Paatsalu_vallavalitsus, lk 6
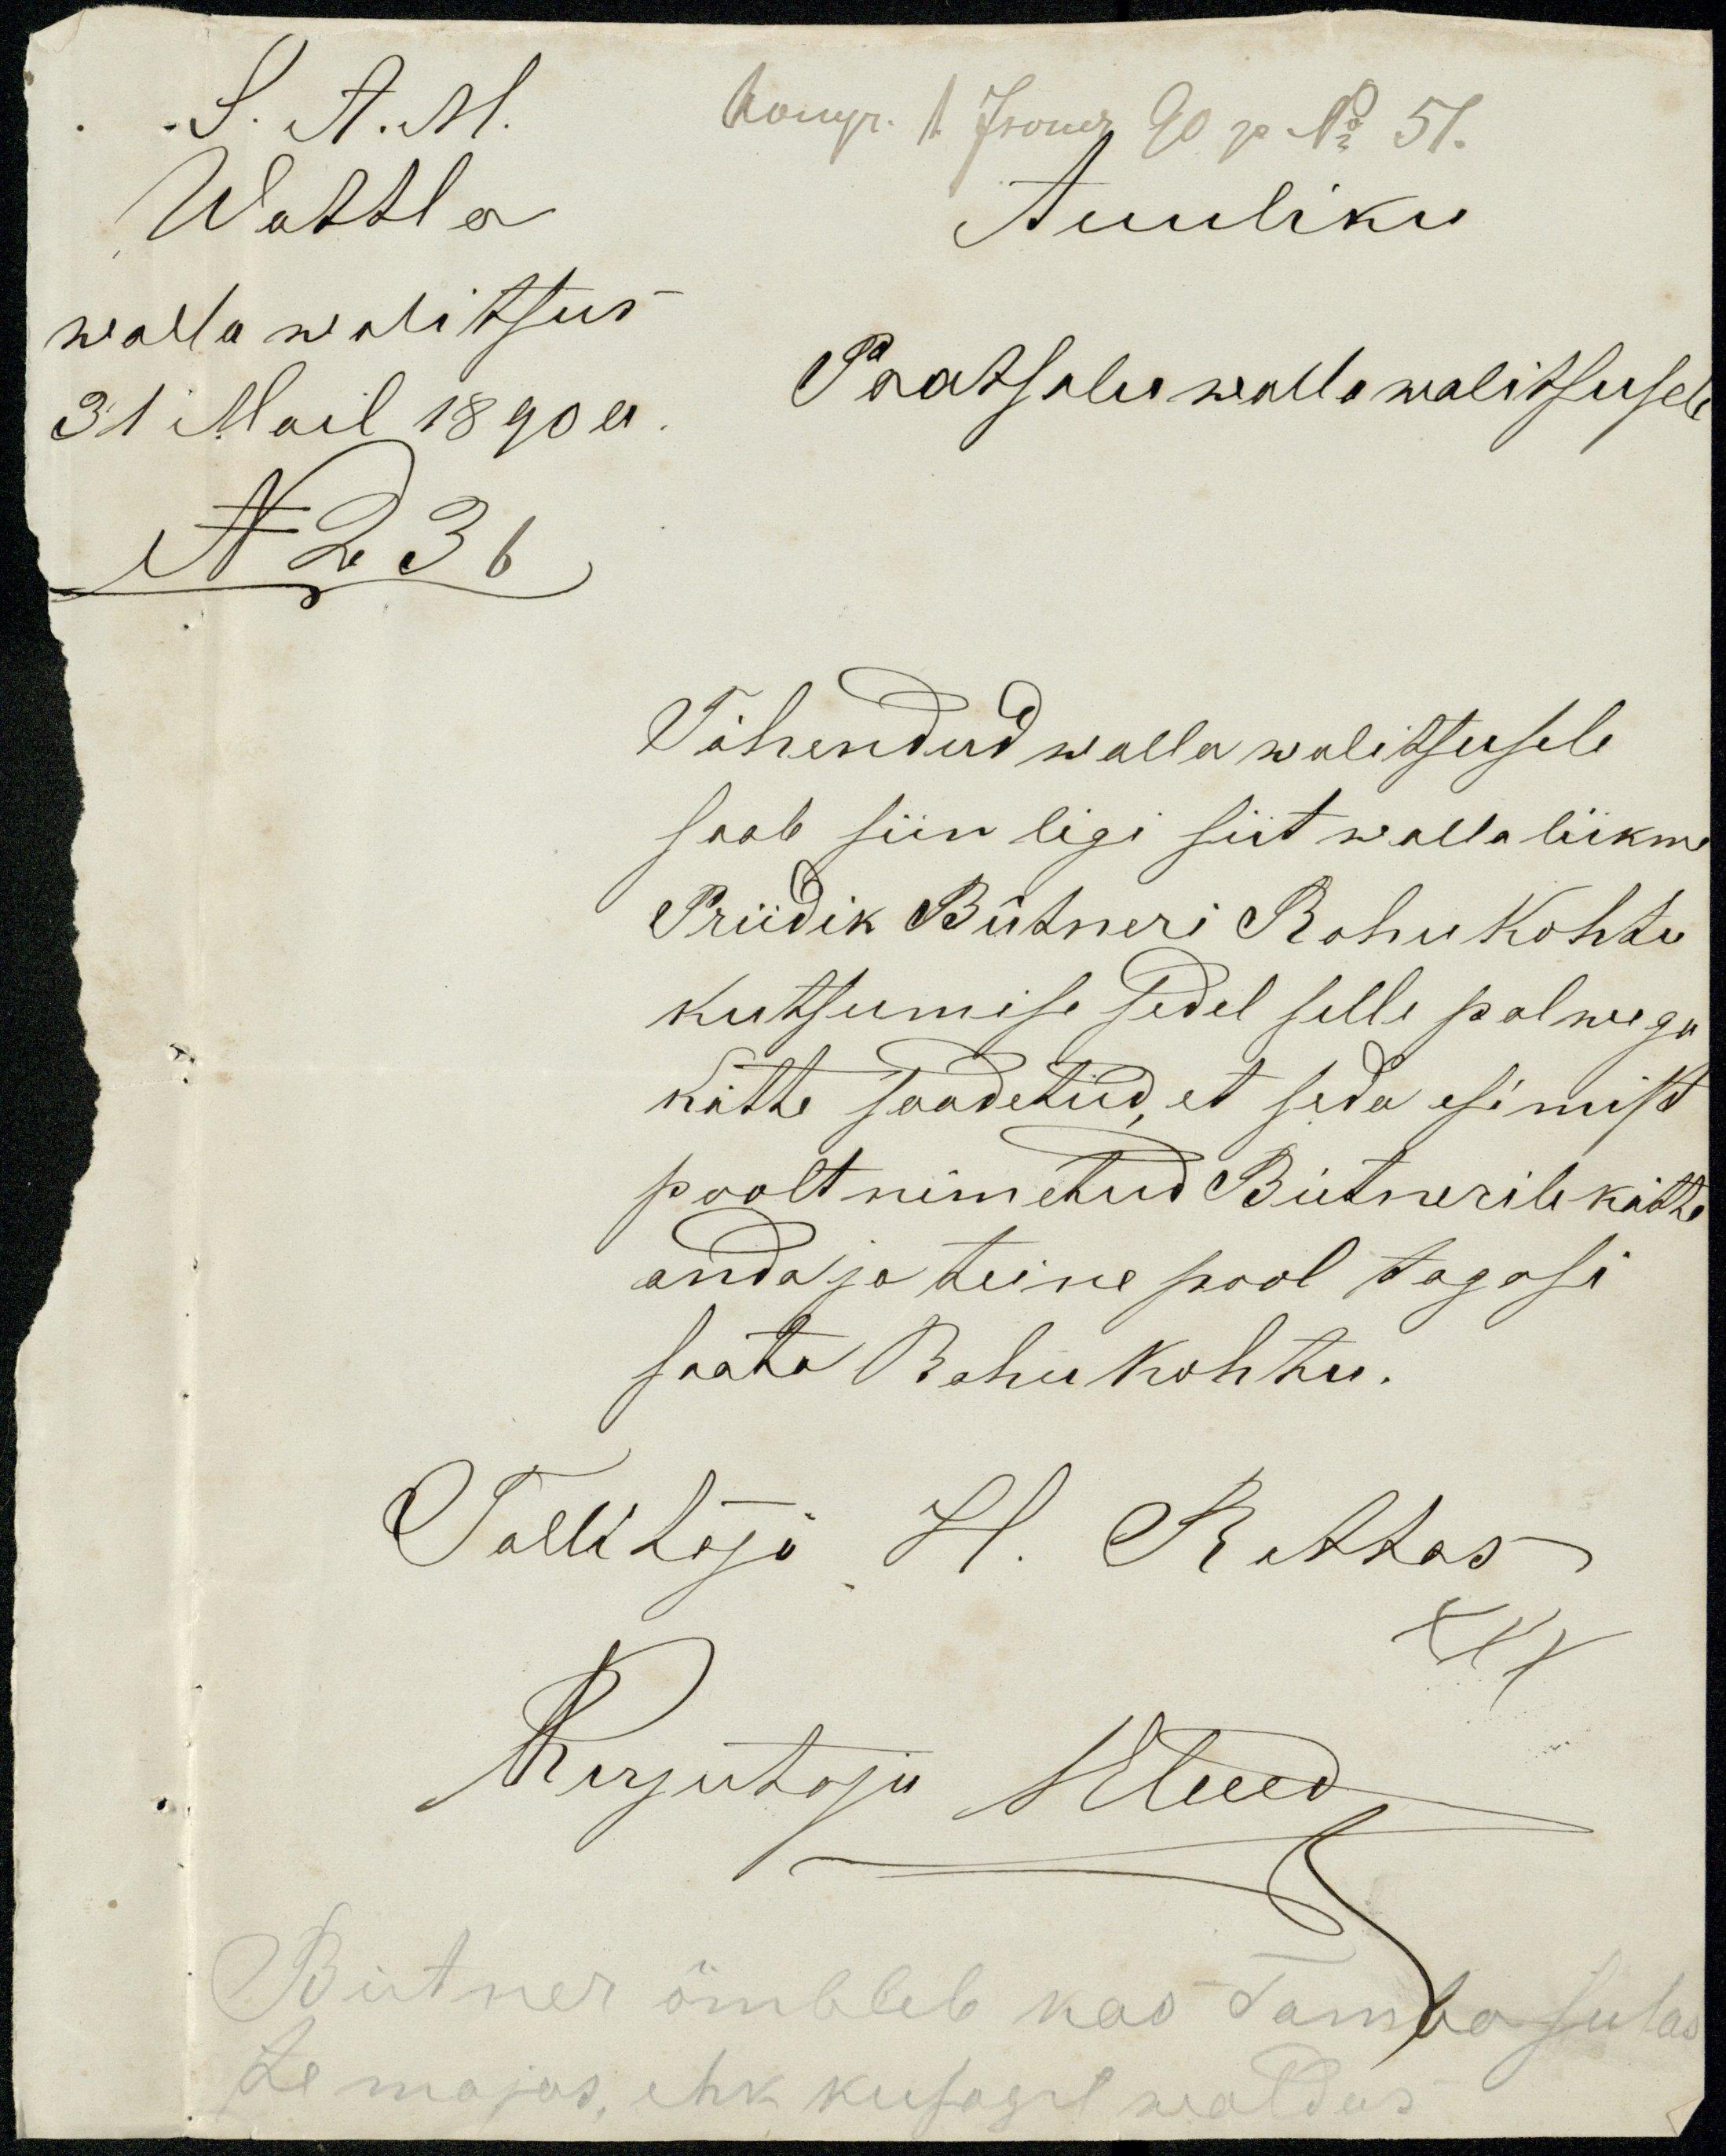
S. A. M.
Wattla
Auuliku
walla walitsus-
31 Mail 1890 a.
Paatsalu walla walitsusele
N 236
Tähendud walla walitsusele
saab siin ligi siit walla liikme
Priidik Bütneri Rahu Kohtu
kutsumise sedel selle palwega
kätte saadetud, et seda esimist
poolt nimetud Bütnerile kätte
anda ja teine pool tagasi
saata Rahu kohtu.
Tallitaja H. Rattas-
XXX
Kirjutaja Heed
Bütner õmbleb kas Tamba sulas
te majas, ehk kusagil waldas